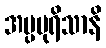
အပ္ပပုရိသာနိ